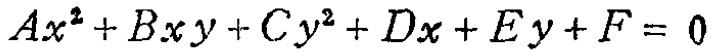
\(Ax^{2}+Bxy + Cy^{2}+Dx + Ey+F = 0\)